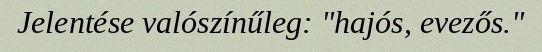
Jelentése valószínűleg: "hajós, evezős."